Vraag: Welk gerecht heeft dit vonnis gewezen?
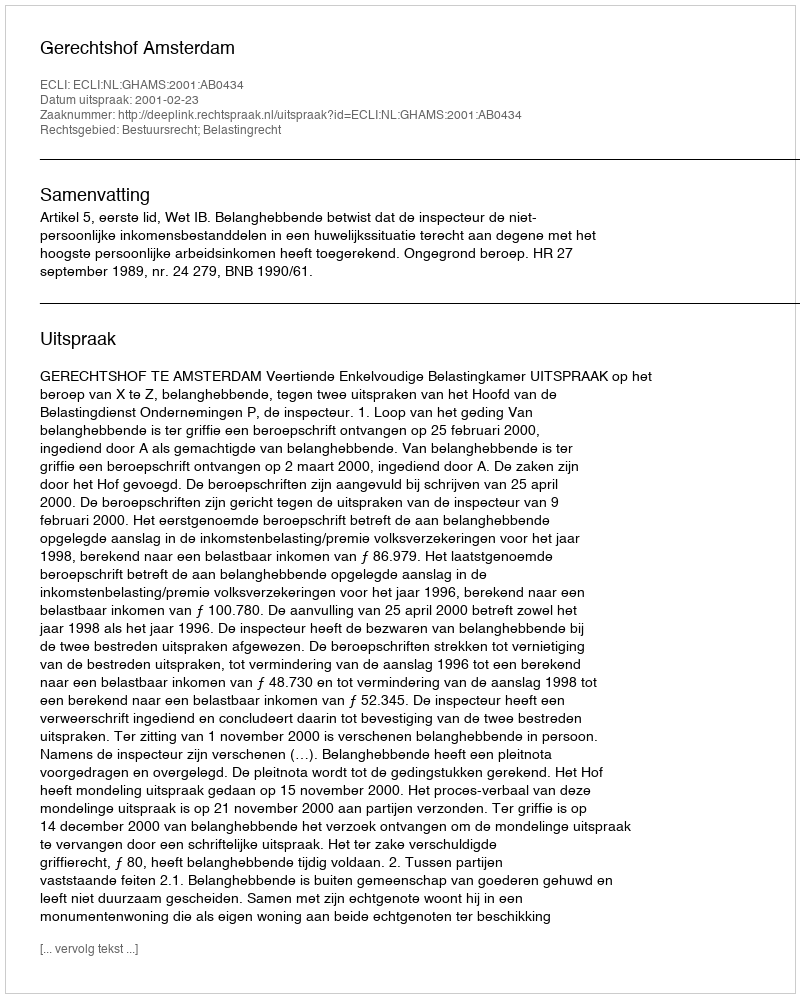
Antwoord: Gerechtshof Amsterdam